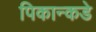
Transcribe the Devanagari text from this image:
पिकान्कडे